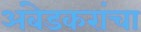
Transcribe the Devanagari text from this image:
अंबेडकरांचा